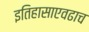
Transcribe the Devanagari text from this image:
इतिहासाएवढाच